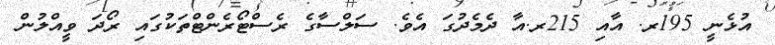
އުޅެނީ 195ރ. އާއި 215ރ.އާ ދެމެދުގަ އެވެ. ސަލްސާގެ ރެސްޓޯރެންޓްތަކުގައި ރޯދަ ވީއްލުން